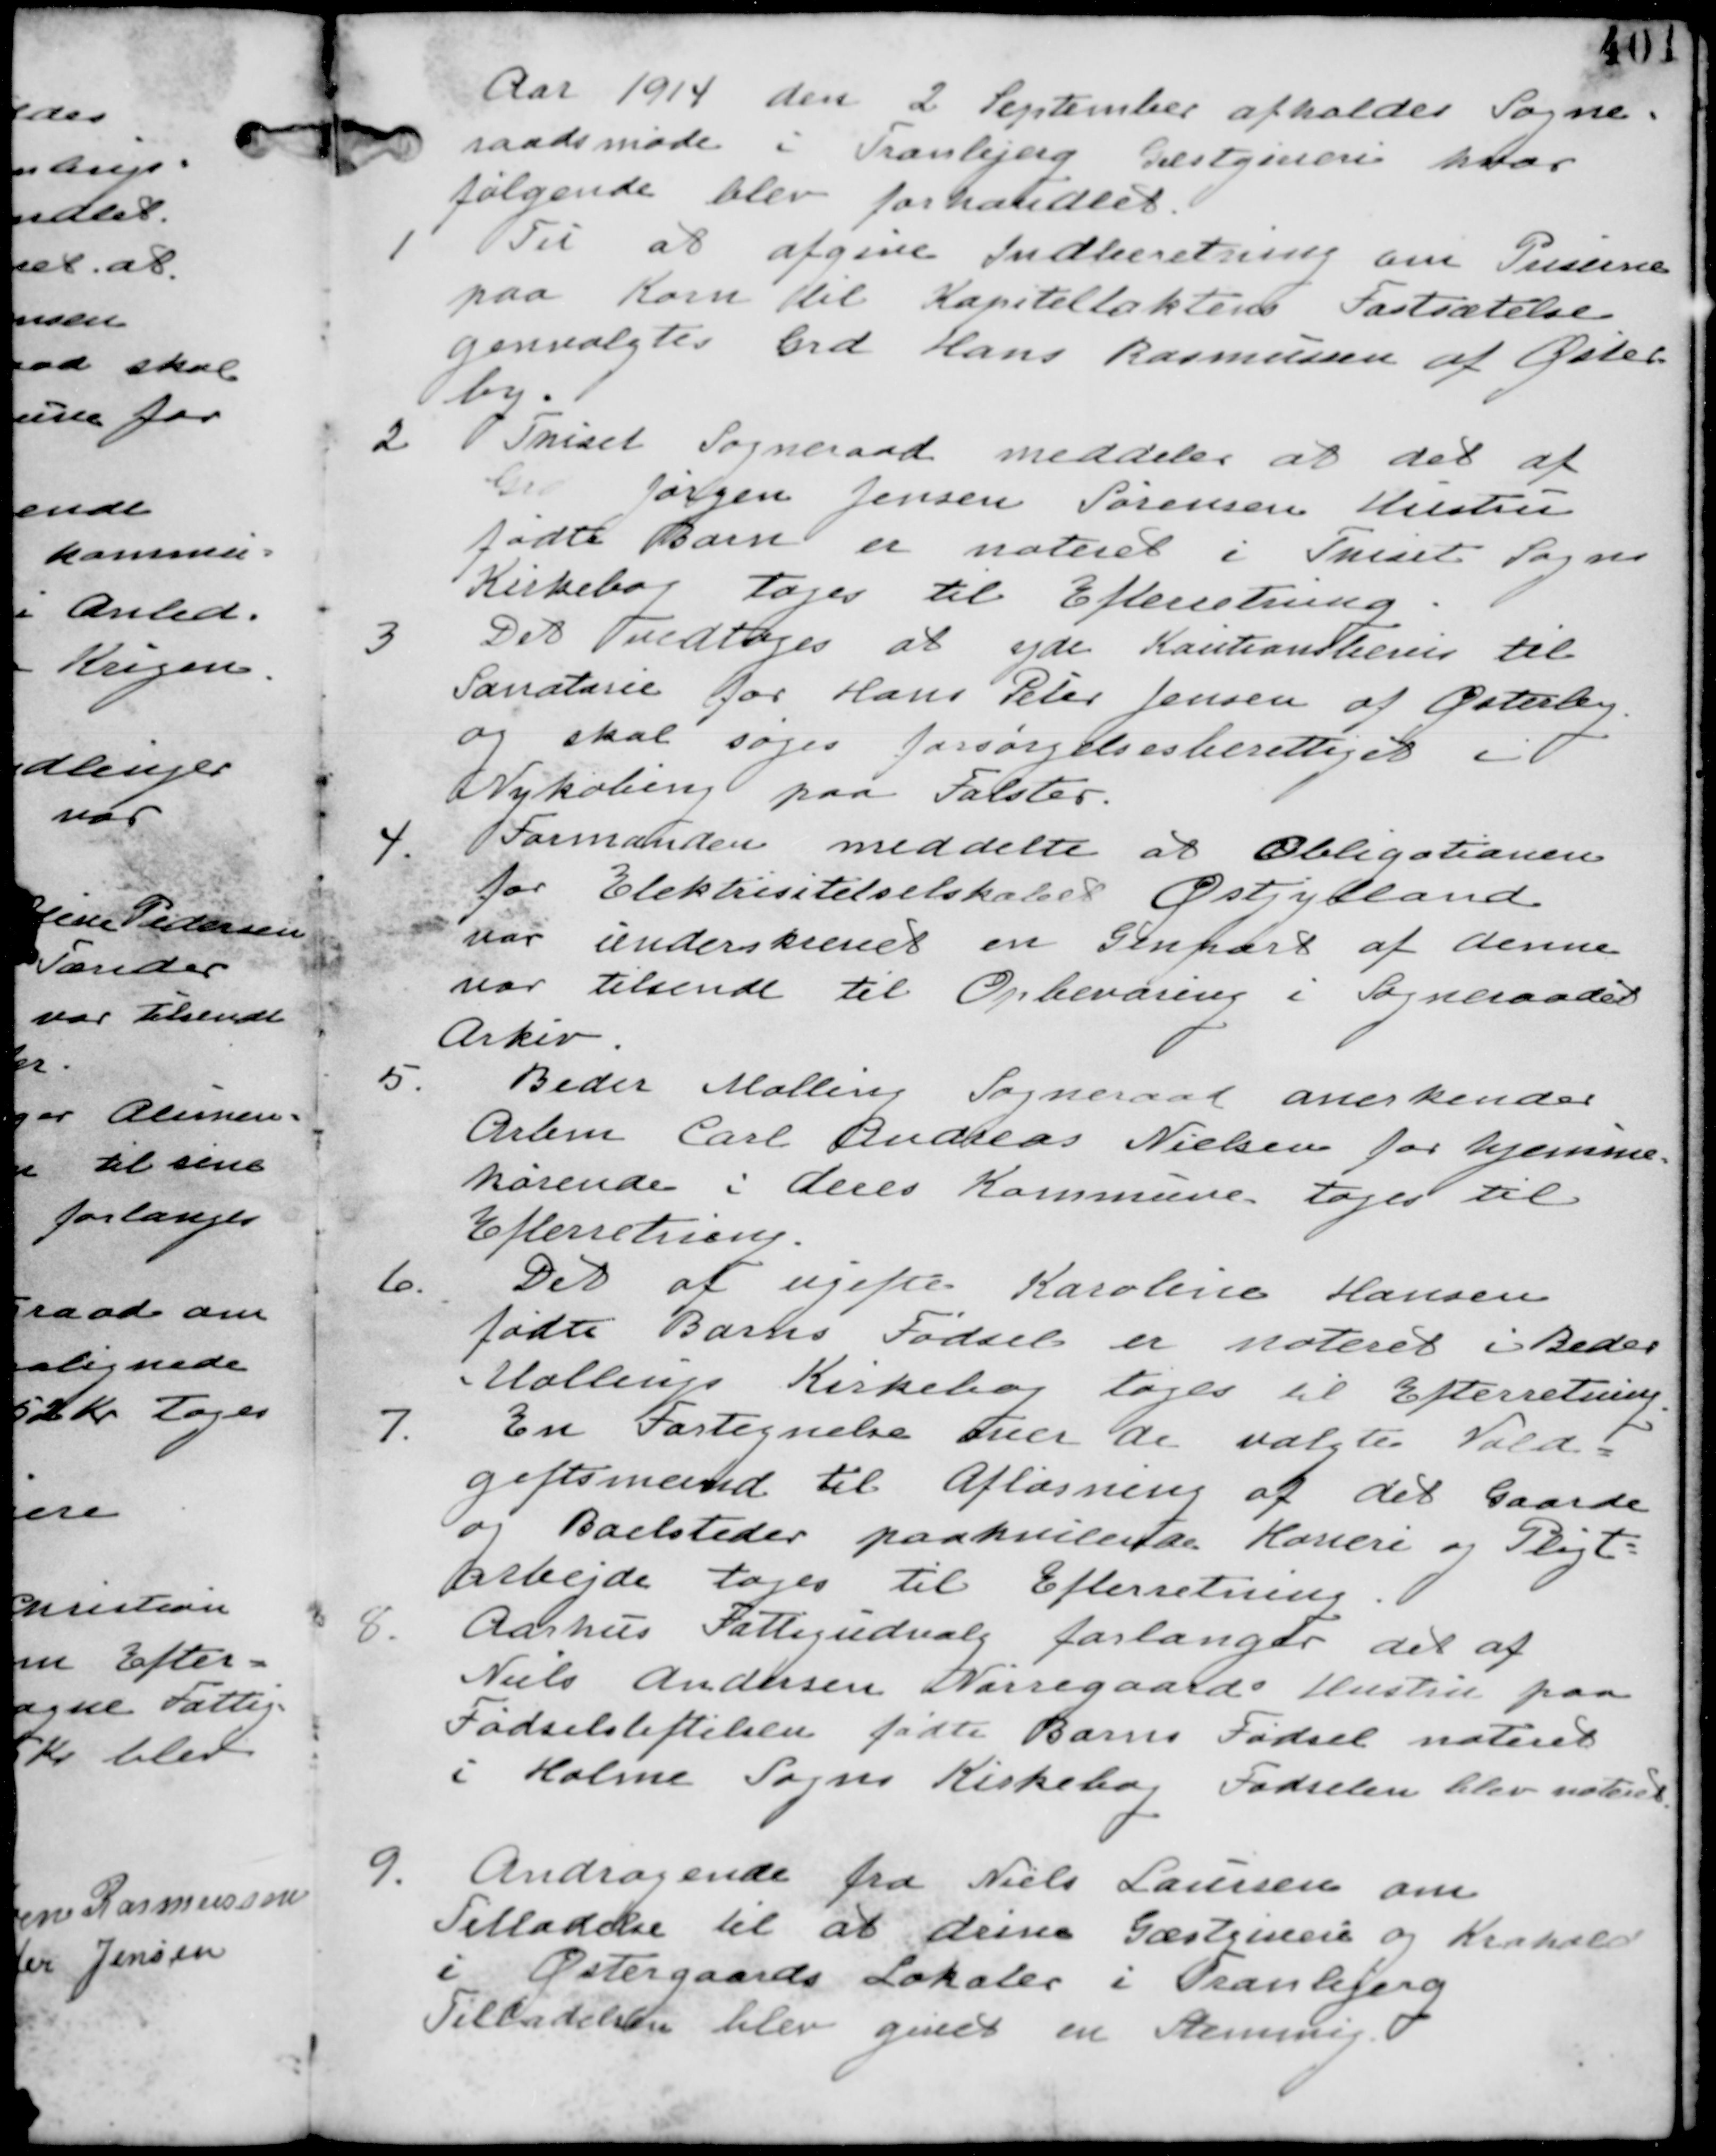
Transskription:
Aar 1914 de 2 September afholdes Sogne-
raadsmøde i Tranbjerg Gæstgiveri hvor
følgende blev forhandlet.

1
Til at afgive Indberetning om Priserne
paa Korn til Kapitellaktens Fastsættelse
genvalgtes Grd Hans Rasmussen af Øster-
by.

2 Thiset Sogneraad meddeler at det af
Grd Jørgen Jensen Sørensen Hustru
fødte Barn er noteret i Thiset Sogns
Kirkebog tages til Efterretning.

3
Det vedtages at yde Kautionsbevis til
Sanatorie for Hans Peter Jensen af Østerby
og skal søges forsørgelsesberettiget i
Nykøbing paa Falster

4.
Formanden meddelte at Obligationen
for Elektricitetselskabet Østjylland
var underskrevet en Genpart af denne
var tilsendt til opbevaring i Sogneraadets
Arkiv.

5.
Beder Malling Sogneraad anerkender
Arbm Carl Andreas Nielsen for hjemme-
hørende i deres Kommune. tages til
Efterretning.

6.
Det af ugifte Karoline Hansen
fødte Barns Fødsel er noteret i Beder
Malling Kirkebog tages til Efterretning.

7.
En Fortegnelse over de valgte Vold-
giftsmænd til Afløsning af det Gaarde
og Boelssteder paahvilende Hoveri og Pligt
arbejde tages til Efterretning

8. Aarhus Fattigudvalg forlanger det af
Niels Andersen Nørregaards Hustru paa
Fødselsstiftelsen fødte Barns Fødsel noteret
i Holme Sogns Kirkebog Fødselen blev noteret.

9. Andragende fra Niels Laursen om
Tilladelse til at drive Gæstgiveri og Krohold
i Østergaards Lokaler i Tranbjerg
Tilladelse blev givet en Stemmig